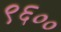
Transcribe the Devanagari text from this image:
९६००